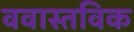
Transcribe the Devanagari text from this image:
ववास्तविक